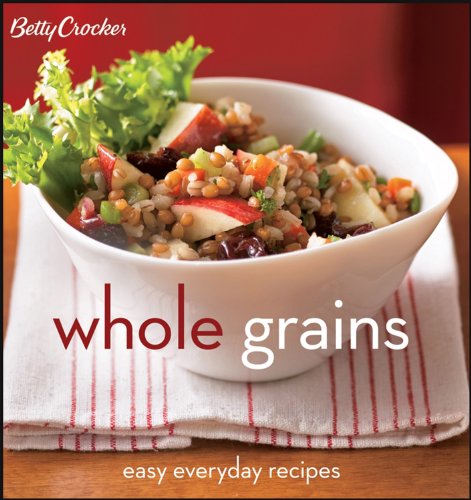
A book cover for Betty Crocker Whole Grains: Easy Everyday Recipes (Betty Crocker Cooking); Betty Crocker; Cookbooks, Food & Wine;